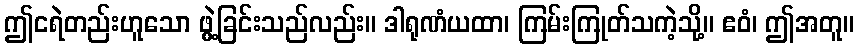
ဤငရဲတည်းဟူသော ဖွဲ့ခြင်းသည်လည်း။ ဒါရုဏံယထာ၊ ကြမ်းကြုတ်သကဲ့သို့။ ဧဝံ၊ ဤအတူ။